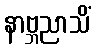
နာဗ္ဘညာသိံ